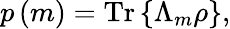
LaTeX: p\left(m\right)={\mathrm{Tr}}\left\{ \Lambda_{m}\rho\right\} ,